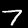
Label: 7